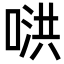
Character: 𪡥